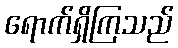
ရောက်ရှိကြသည်